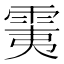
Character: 䨑